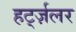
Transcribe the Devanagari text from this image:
हर्ट्ज़लर